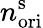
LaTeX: n_{\mathrm{ori}}^{\mathrm{s}}